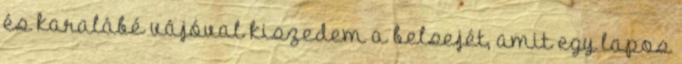
és karalábé vájóval kiszedem a belsejét, amit egy lapos